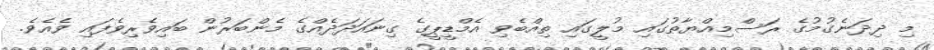
މި ދިދަނެގުމުގެ ރަސްމިއްޔާތުގައި މުލީގައި ތިއްބެވި އެމްޑީޕީގެ ގިނައަދަދެއްގެ މެންބަރުން ބައިވެރިވެފައި ވެއެވެ.